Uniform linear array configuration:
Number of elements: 8
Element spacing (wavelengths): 0.25
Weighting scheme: hamming
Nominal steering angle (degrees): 30
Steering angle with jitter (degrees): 30.053
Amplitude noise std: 0.05
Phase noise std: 0.05

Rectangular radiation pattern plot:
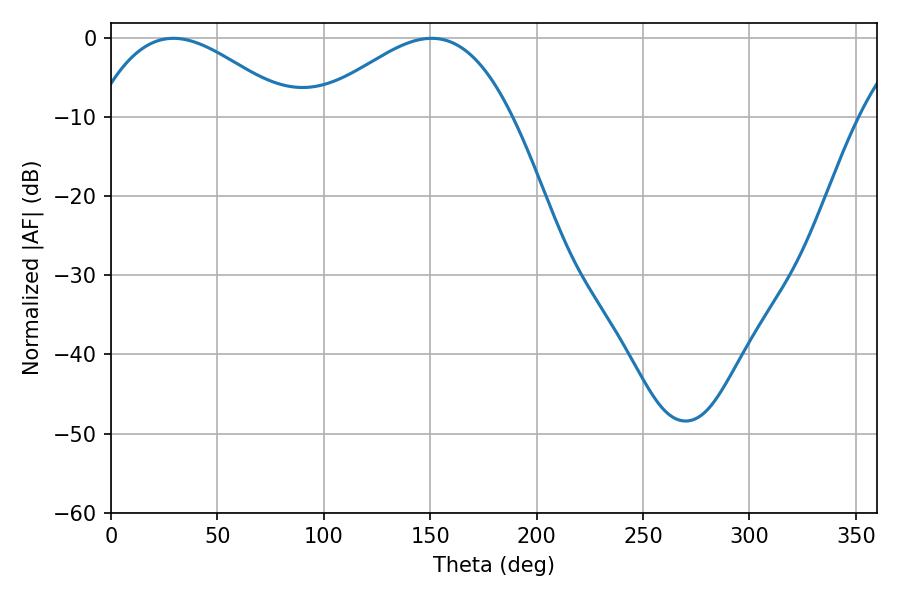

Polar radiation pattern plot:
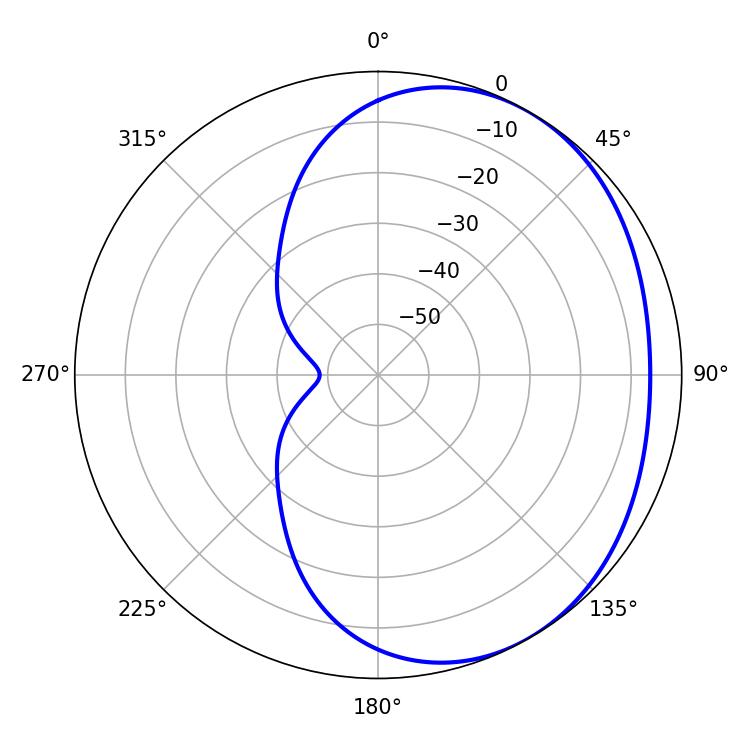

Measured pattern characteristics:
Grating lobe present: FALSE
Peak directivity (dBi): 2.746
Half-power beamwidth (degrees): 50.22
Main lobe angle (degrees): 29.34